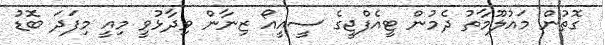
ގޮތުން މައުލޫމާތު ދެމުން ޓީއެފްޖީގެ ސީއީއޯ ޒިނާން ވިދާޅުވީ މިއީ މިފަދަ ބޮޑު